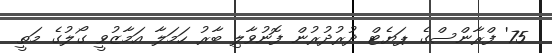
75' ފްރާންސްގެ ޕަޔެޓް ދުރުދުރުން ފޮނުވާލި ބާރު ހަމަލާ އަމާޒުވީ ގޯލުގެ މަތީ